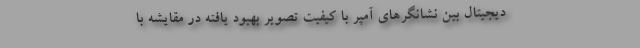
دیجیتال بین نشانگرهای آمپر با کیفیت تصویر بهبود یافته در مقایشه با